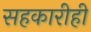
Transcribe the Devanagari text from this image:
सहकारीही